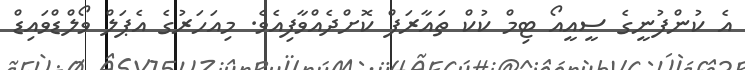
އެ ކުންފުނީގެ ސީއީއޯ ޓިމް ކުކް ތައާރަފް ކޮށްދެއްވާފިއެވެ. މިއަހަރުގެ އެޕަލް ވޯލްޑްވައިޑް